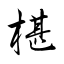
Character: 椹